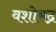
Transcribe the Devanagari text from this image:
वशोभद्र